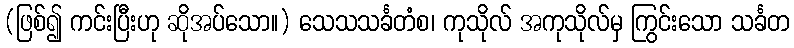
(ဖြစ်၍ ကင်းပြီးဟု ဆိုအပ်သော။) သေသသင်္ခတံစ၊ ကုသိုလ် အကုသိုလ်မှ ကြွင်းသော သင်္ခတ